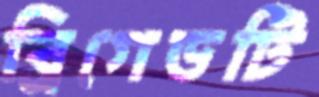
ব্রিগেডটি